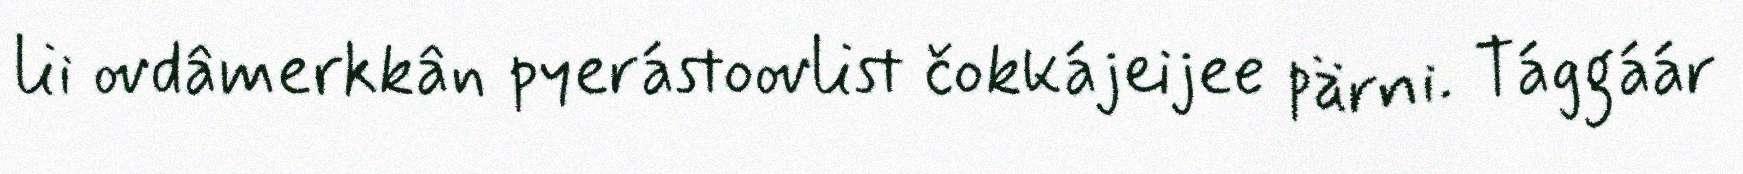
lii ovdâmerkkân pyerástoovlist čokkájeijee pärni. Tággáár